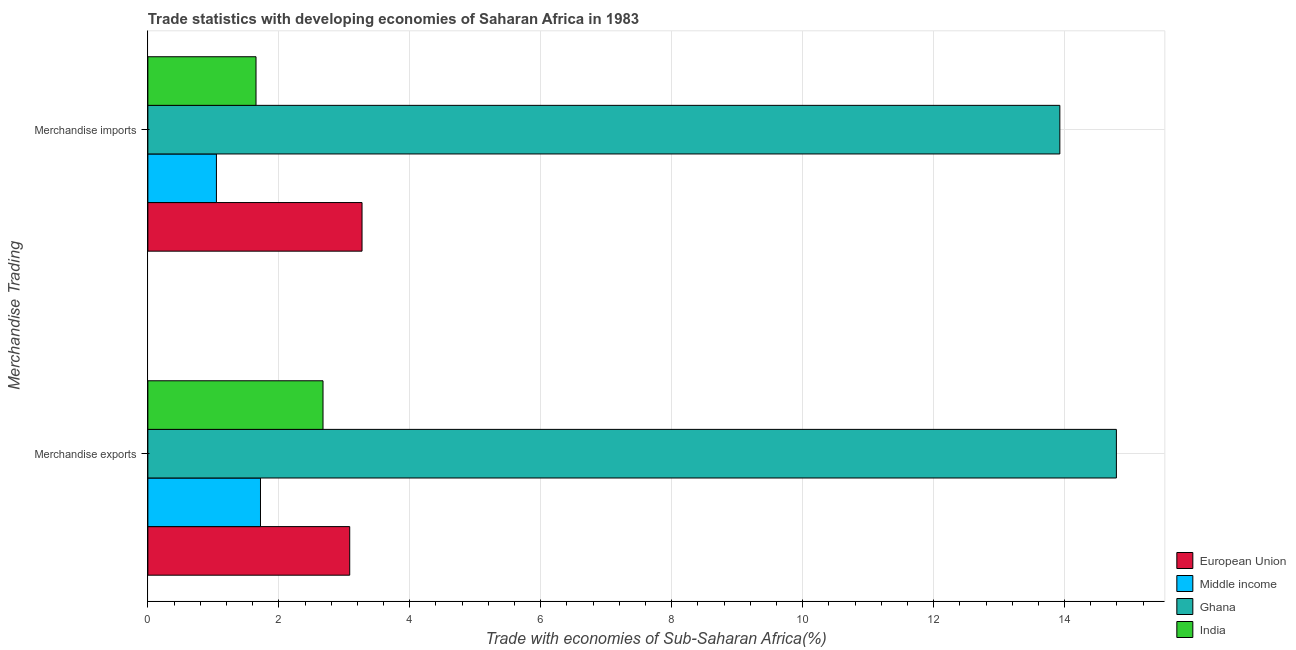
| Merchandise Trading | European Union | Middle income | Ghana | India |
 | --- | --- | --- | --- | --- |
 | Merchandise exports | 3.08 | 1.72 | 14.8 | 2.67 |
 | Merchandise imports | 3.27 | 1.05 | 13.9 | 1.65 |